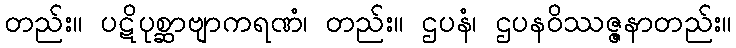
တည်း။ ပဋိပုစ္ဆာဗျာကရဏံ၊ တည်း။ ဌပနံ၊ ဌပနဝိဿဇ္ဇနာတည်း။